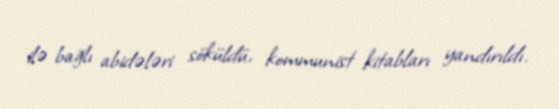
ilə bağlı abidələri söküldü, kommunist kitabları yandırıldı.